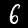
Digit: 6